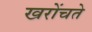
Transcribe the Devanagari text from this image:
खरोंचते